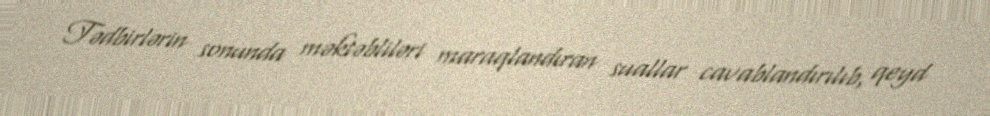
Tədbirlərin sonunda məktəbliləri maraqlandıran suallar cavablandırılıb, qeyd